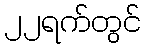
၂၂ရက်တွင်